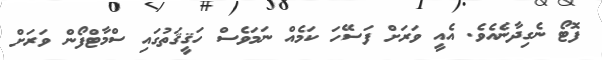
ފޮޓޯ ނެގިދާނެއެވެ. އެއީ ވަރަށް ފަސޭހަ ކަމެއް ނަމަވެސް ހަޤީޤަތުގައި ސްމާޓްފޯން ވަރަށް